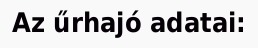
Az űrhajó adatai: